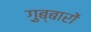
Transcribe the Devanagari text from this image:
ग़ुब्बारों